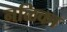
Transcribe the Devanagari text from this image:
नळिका